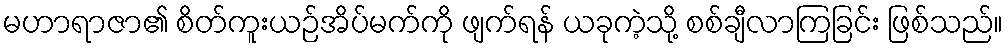
မဟာရာဇာ၏ စိတ်ကူးယဉ်အိပ်မက်ကို ဖျက်ရန် ယခုကဲ့သို့ စစ်ချီလာကြခြင်း ဖြစ်သည်။